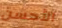
الأحسن